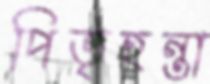
পিতৃহন্তা